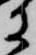
に